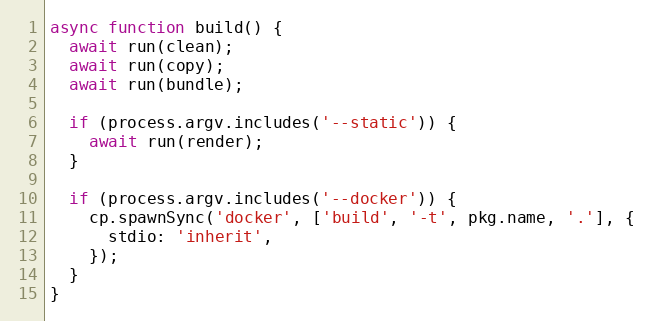
Language: JavaScript
async function build() {
  await run(clean);
  await run(copy);
  await run(bundle);

  if (process.argv.includes('--static')) {
    await run(render);
  }

  if (process.argv.includes('--docker')) {
    cp.spawnSync('docker', ['build', '-t', pkg.name, '.'], {
      stdio: 'inherit',
    });
  }
}